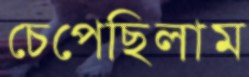
চেপেছিলাম